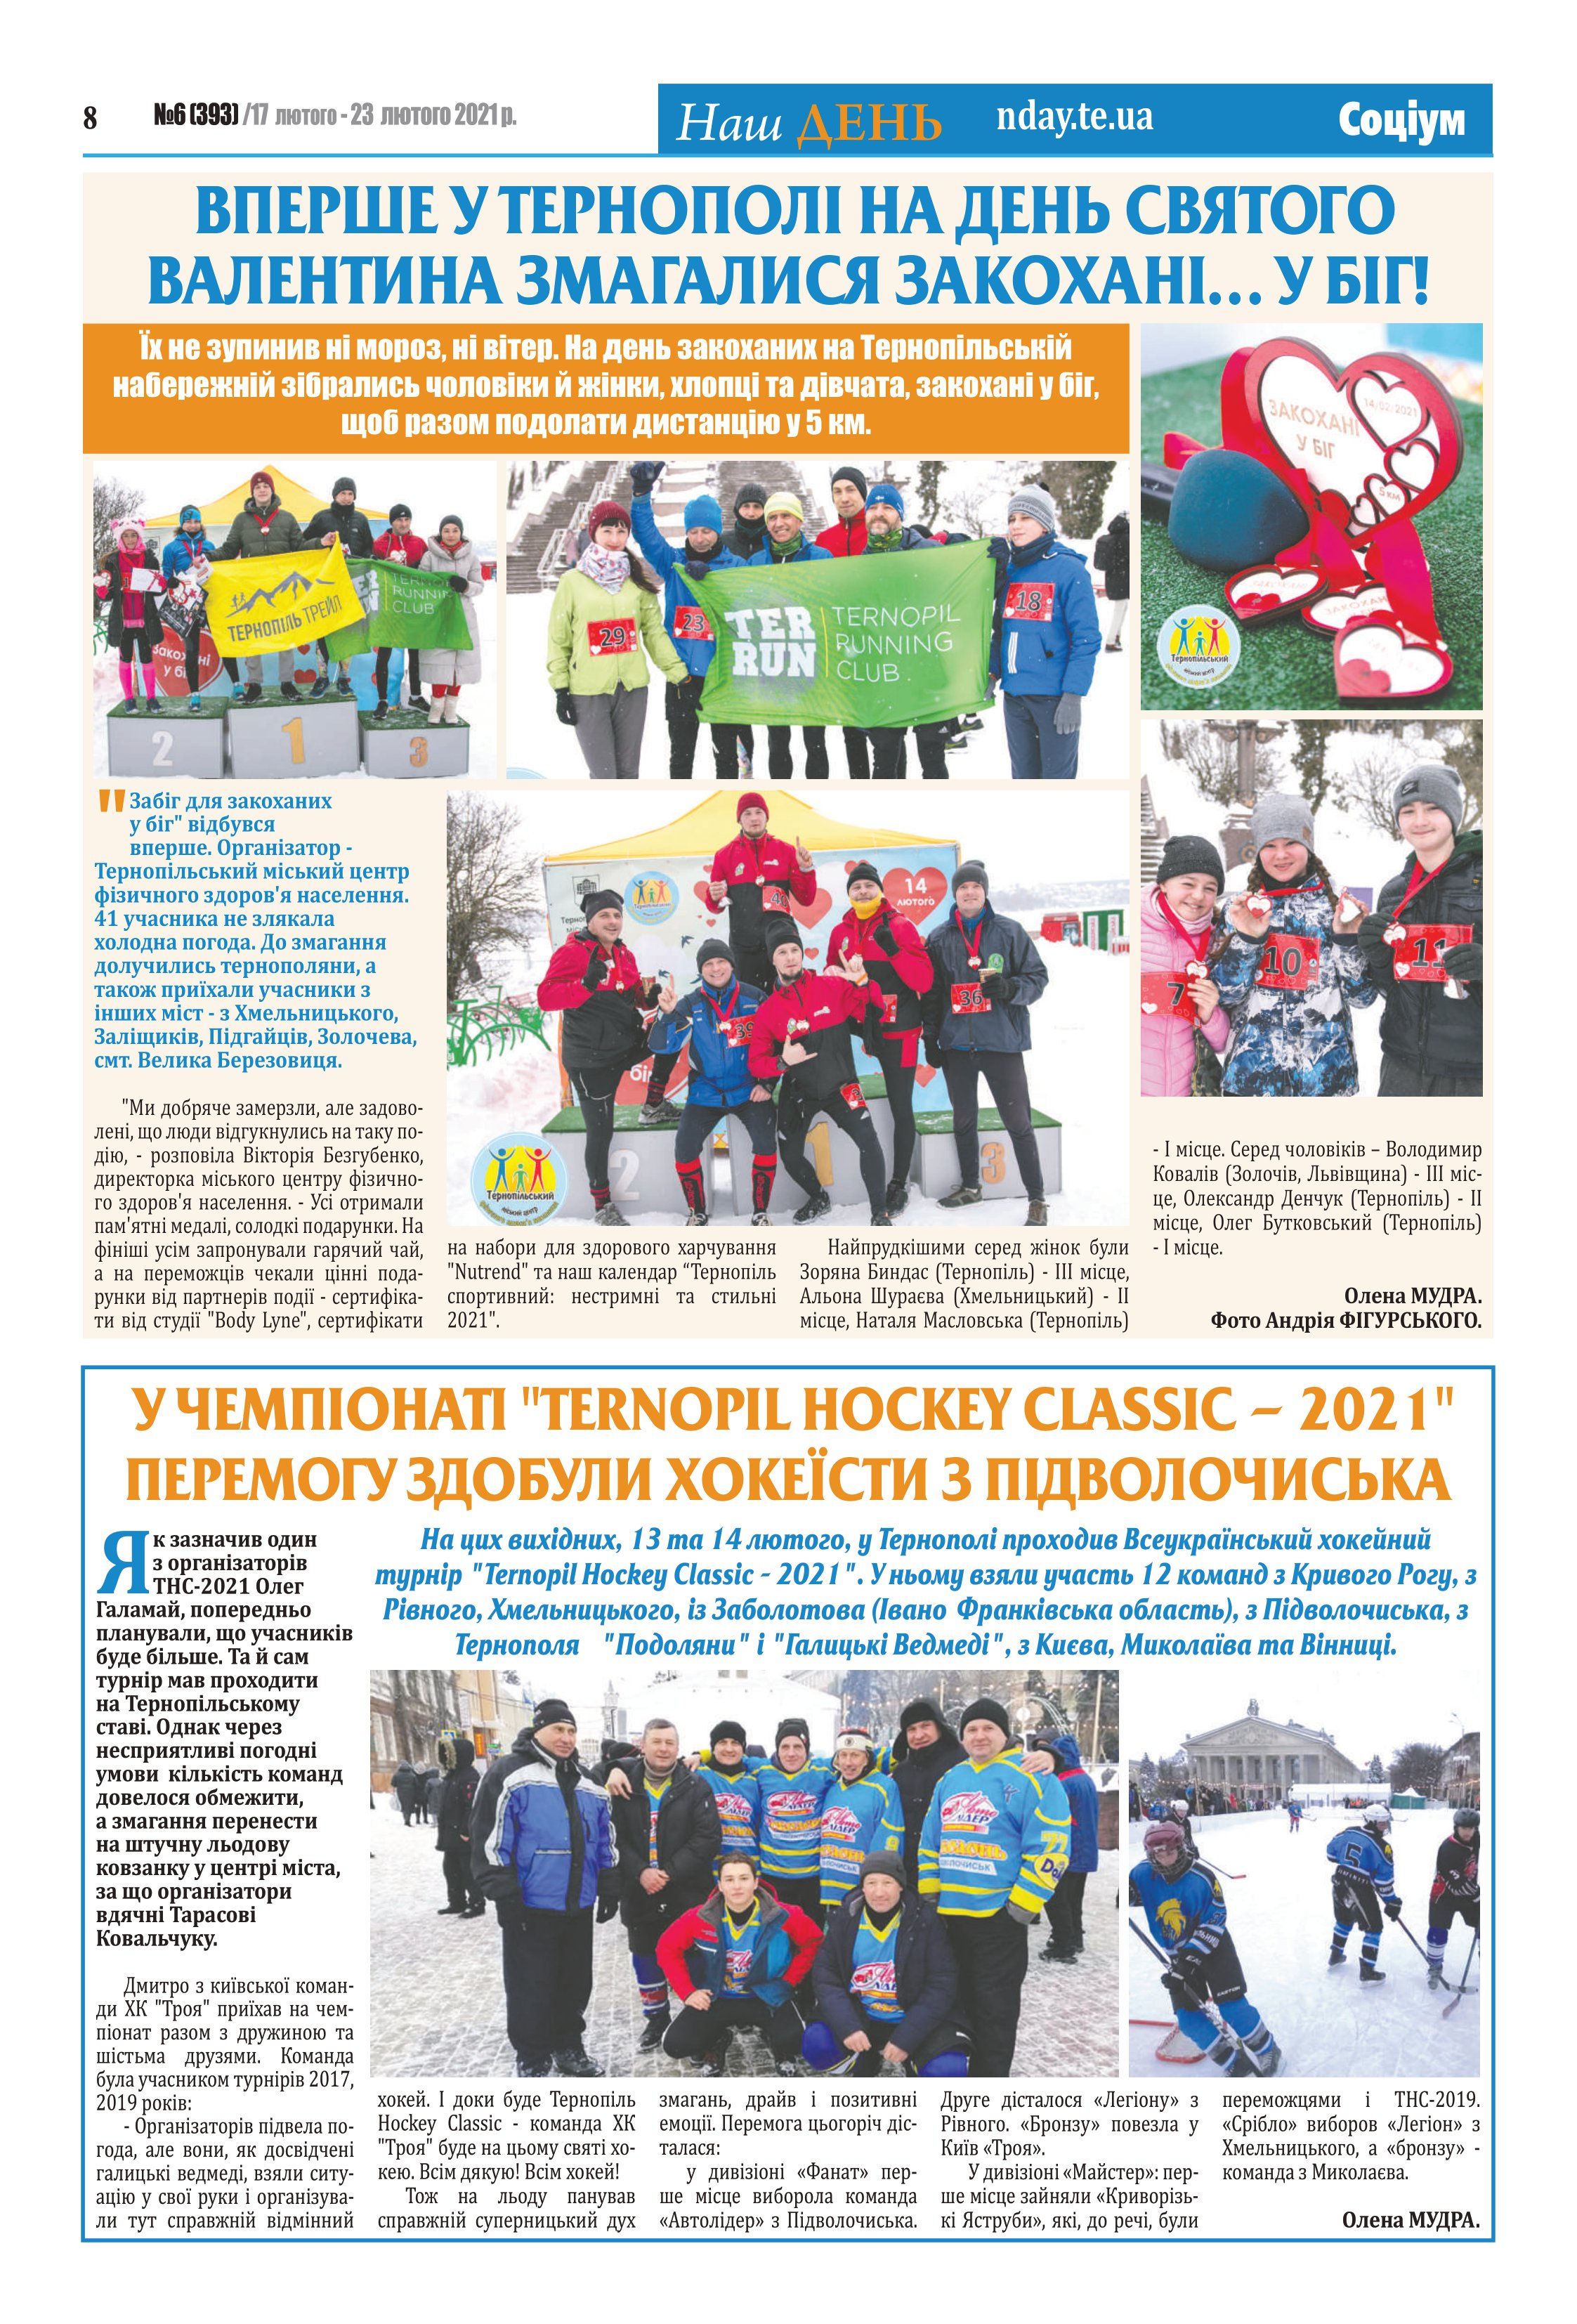
Language: uk